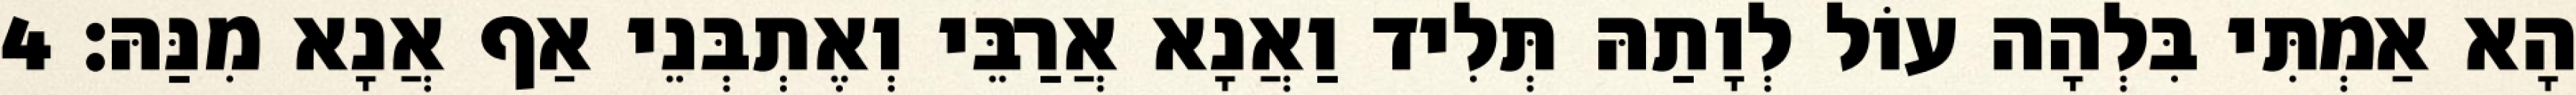
הָא אַמְתִּי בִּלְהָה עוֹל לְוָתַהּ תְּלִיד וַאֲנָא אֲרַבֵּי וְאֶתְבְּנֵי אַף אֲנָא מִנַּהּ׃ 4